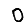
Digit: 0